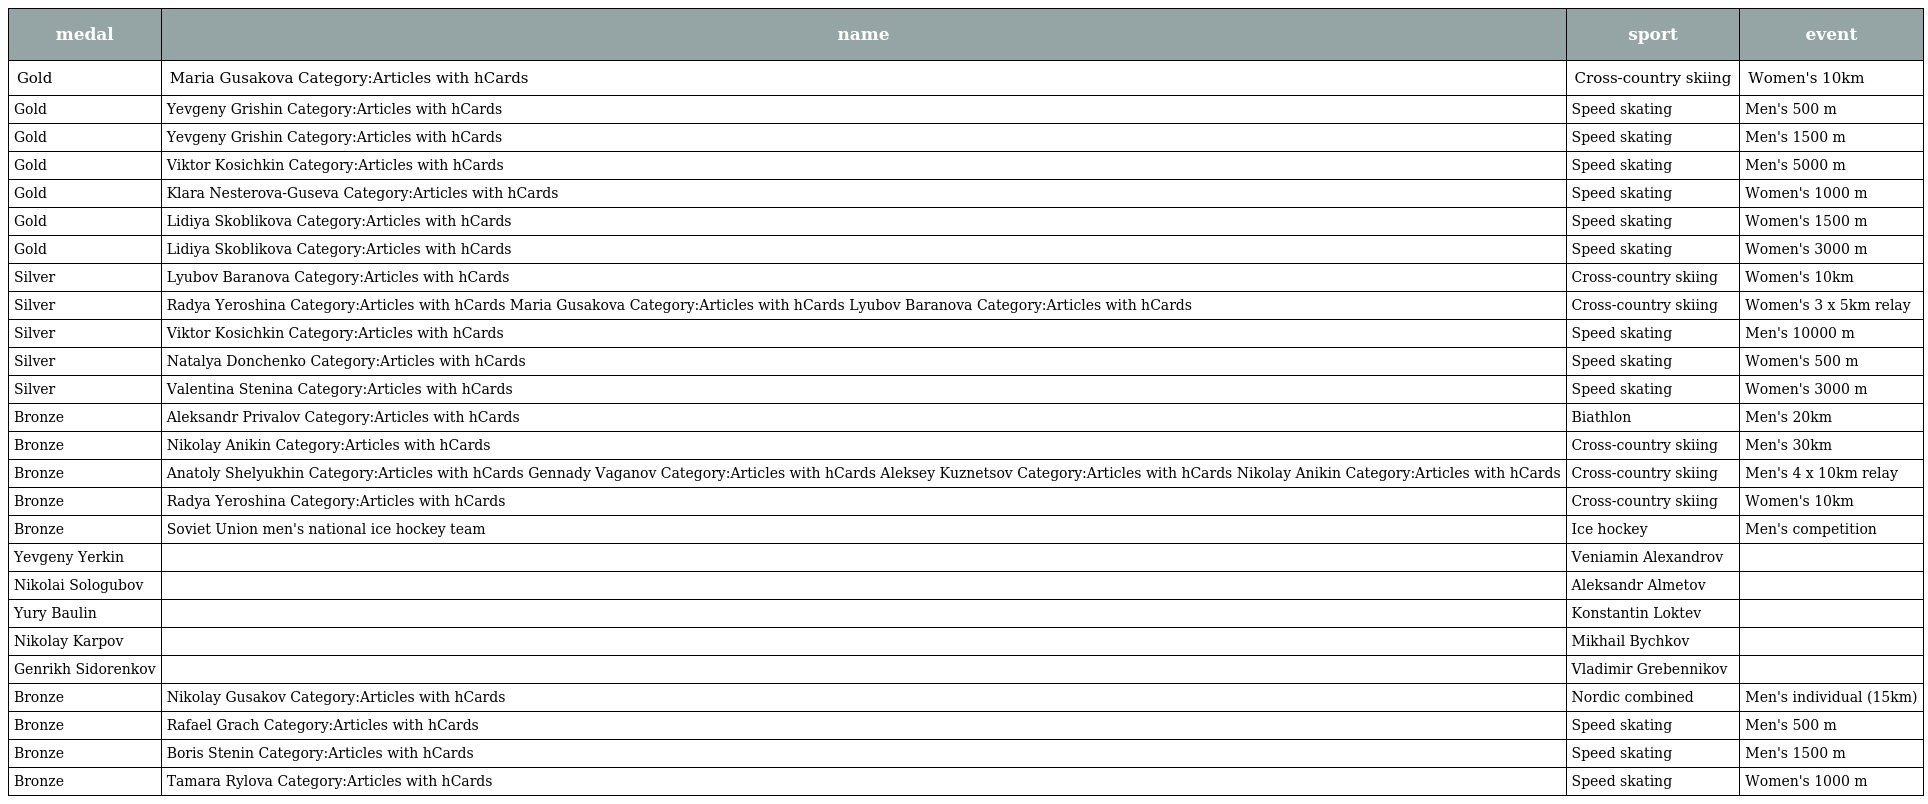
| medal | name | sport | event |
 | --- | --- | --- | --- |
 | Gold | Maria Gusakova Category:Articles with hCards | Cross-country skiing | Women's 10km |
 | Gold | Yevgeny Grishin Category:Articles with hCards | Speed skating | Men's 500 m |
 | Gold | Yevgeny Grishin Category:Articles with hCards | Speed skating | Men's 1500 m |
 | Gold | Viktor Kosichkin Category:Articles with hCards | Speed skating | Men's 5000 m |
 | Gold | Klara Nesterova-Guseva Category:Articles with hCards | Speed skating | Women's 1000 m |
 | Gold | Lidiya Skoblikova Category:Articles with hCards | Speed skating | Women's 1500 m |
 | Gold | Lidiya Skoblikova Category:Articles with hCards | Speed skating | Women's 3000 m |
 | Silver | Lyubov Baranova Category:Articles with hCards | Cross-country skiing | Women's 10km |
 | Silver | Radya Yeroshina Category:Articles with hCards Maria Gusakova Category:Articles with hCards Lyubov Baranova Category:Articles with hCards | Cross-country skiing | Women's 3 x 5km relay |
 | Silver | Viktor Kosichkin Category:Articles with hCards | Speed skating | Men's 10000 m |
 | Silver | Natalya Donchenko Category:Articles with hCards | Speed skating | Women's 500 m |
 | Silver | Valentina Stenina Category:Articles with hCards | Speed skating | Women's 3000 m |
 | Bronze | Aleksandr Privalov Category:Articles with hCards | Biathlon | Men's 20km |
 | Bronze | Nikolay Anikin Category:Articles with hCards | Cross-country skiing | Men's 30km |
 | Bronze | Anatoly Shelyukhin Category:Articles with hCards Gennady Vaganov Category:Articles with hCards Aleksey Kuznetsov Category:Articles with hCards Nikolay Anikin Category:Articles with hCards | Cross-country skiing | Men's 4 x 10km relay |
 | Bronze | Radya Yeroshina Category:Articles with hCards | Cross-country skiing | Women's 10km |
 | Bronze | Soviet Union men's national ice hockey team | Ice hockey | Men's competition |
 | Yevgeny Yerkin |  | Veniamin Alexandrov |  |
 | Nikolai Sologubov |  | Aleksandr Almetov |  |
 | Yury Baulin |  | Konstantin Loktev |  |
 | Nikolay Karpov |  | Mikhail Bychkov |  |
 | Genrikh Sidorenkov |  | Vladimir Grebennikov |  |
 | Bronze | Nikolay Gusakov Category:Articles with hCards | Nordic combined | Men's individual (15km) |
 | Bronze | Rafael Grach Category:Articles with hCards | Speed skating | Men's 500 m |
 | Bronze | Boris Stenin Category:Articles with hCards | Speed skating | Men's 1500 m |
 | Bronze | Tamara Rylova Category:Articles with hCards | Speed skating | Women's 1000 m |